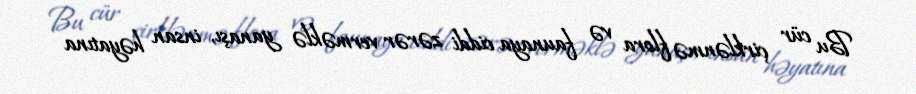
Bu cür çirklənmə flora və faunaya ciddi zərər verməklə yanaşı, insan həyatına